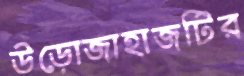
উড়োজাহাজটির